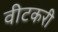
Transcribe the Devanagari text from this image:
वीटकरी